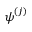
\boldsymbol { \psi } ^ { ( j ) }